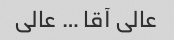
عالی آقا … عالی